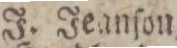
J. Jeanſon,